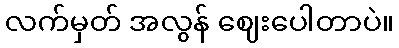
လက်မှတ် အလွန် ဈေးပေါတာပဲ။